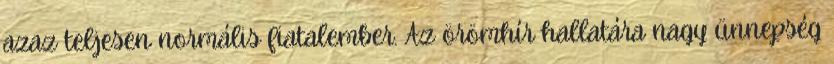
azaz teljesen normális fiatalember. Az örömhír hallatára nagy ünnepség